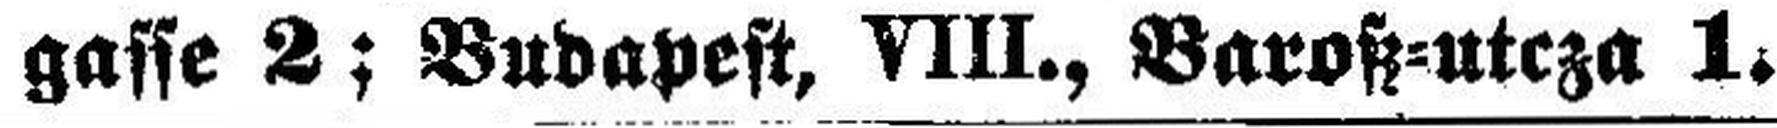
gasse 2; Budapest, VIII., Baroß=utcza 1.